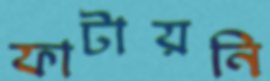
ফাটায়নি